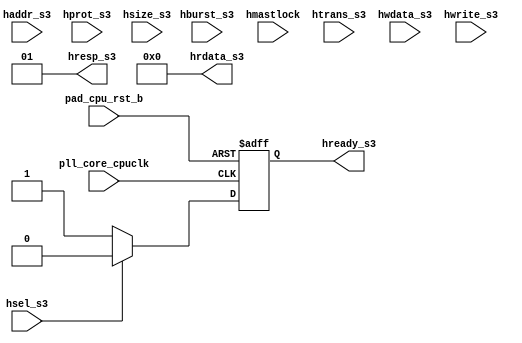
/*Copyright 2020-2021 T-Head Semiconductor Co., Ltd.

Licensed under the Apache License, Version 2.0 (the "License");
you may not use this file except in compliance with the License.
You may obtain a copy of the License at

    http://www.apache.org/licenses/LICENSE-2.0

Unless required by applicable law or agreed to in writing, software
distributed under the License is distributed on an "AS IS" BASIS,
WITHOUT WARRANTIES OR CONDITIONS OF ANY KIND, either express or implied.
See the License for the specific language governing permissions and
limitations under the License.
*/
module err_gen(
  haddr_s3,
  hburst_s3,
  hmastlock,
  hprot_s3,
  hrdata_s3,
  hready_s3,
  hresp_s3,
  hsel_s3,
  hsize_s3,
  htrans_s3,
  hwdata_s3,
  hwrite_s3,
  pad_cpu_rst_b,
  pll_core_cpuclk
);

// &Ports; @23
input   [31:0]  haddr_s3;       
input   [2 :0]  hburst_s3;      
input           hmastlock;      
input   [3 :0]  hprot_s3;       
input           hsel_s3;        
input   [2 :0]  hsize_s3;       
input   [1 :0]  htrans_s3;      
input   [31:0]  hwdata_s3;      
input           hwrite_s3;      
input           pad_cpu_rst_b;  
input           pll_core_cpuclk; 
output  [31:0]  hrdata_s3;      
output          hready_s3;      
output  [1 :0]  hresp_s3;       

// &Regs; @24
reg             hready_s3;      

// &Wires; @25
wire    [31:0]  hrdata_s3;      
wire    [1 :0]  hresp_s3;       
wire            hsel_s3;        
wire            pad_cpu_rst_b;  
wire            pll_core_cpuclk; 

// //&Force("input","pll_core_cpuclk"); @26
// //&Force("input","pad_cpu_rst_b"); @27
// &Force("input","hsel_s3"); @28
// &Force("input","haddr_s3"); @29
// &Force("bus", "haddr_s3", 31,0); @30
// &Force("input","hburst_s3"); @31
// &Force("bus", "hburst_s3", 2,0); @32
// &Force("input","hmastlock"); @33
// &Force("input","hprot_s3"); @34
// &Force("bus", "hprot_s3", 3,0); @35
// &Force("input","hsize_s3"); @36
// &Force("bus", "hsize_s3", 2,0); @37
// &Force("input","htrans_s3"); @38
// &Force("bus", "htrans_s3", 1,0); @39
// &Force("input","hwdata_s3"); @40
// &Force("input","hwrite_s3"); @41
// &Force("input","hsel_s3"); @42
// &Force("output","hready_s3"); @43
//assign hready_s3 = 1'b1;
assign hresp_s3[1:0]  =  2'b01 ;

always @(posedge pll_core_cpuclk or negedge pad_cpu_rst_b)
begin
  if(!pad_cpu_rst_b)
    begin
      hready_s3 <= 1'b0;
    end
  else if(hsel_s3)
    begin
      hready_s3 <= 1'b0;
    end
  else
    begin
      hready_s3 <= 1'b1;     
    end
end

// &Force("bus", "hwdata_s3", 31,0); @63
assign hrdata_s3[31:0] = 32'b0;

// &ModuleEnd; @66
endmodule